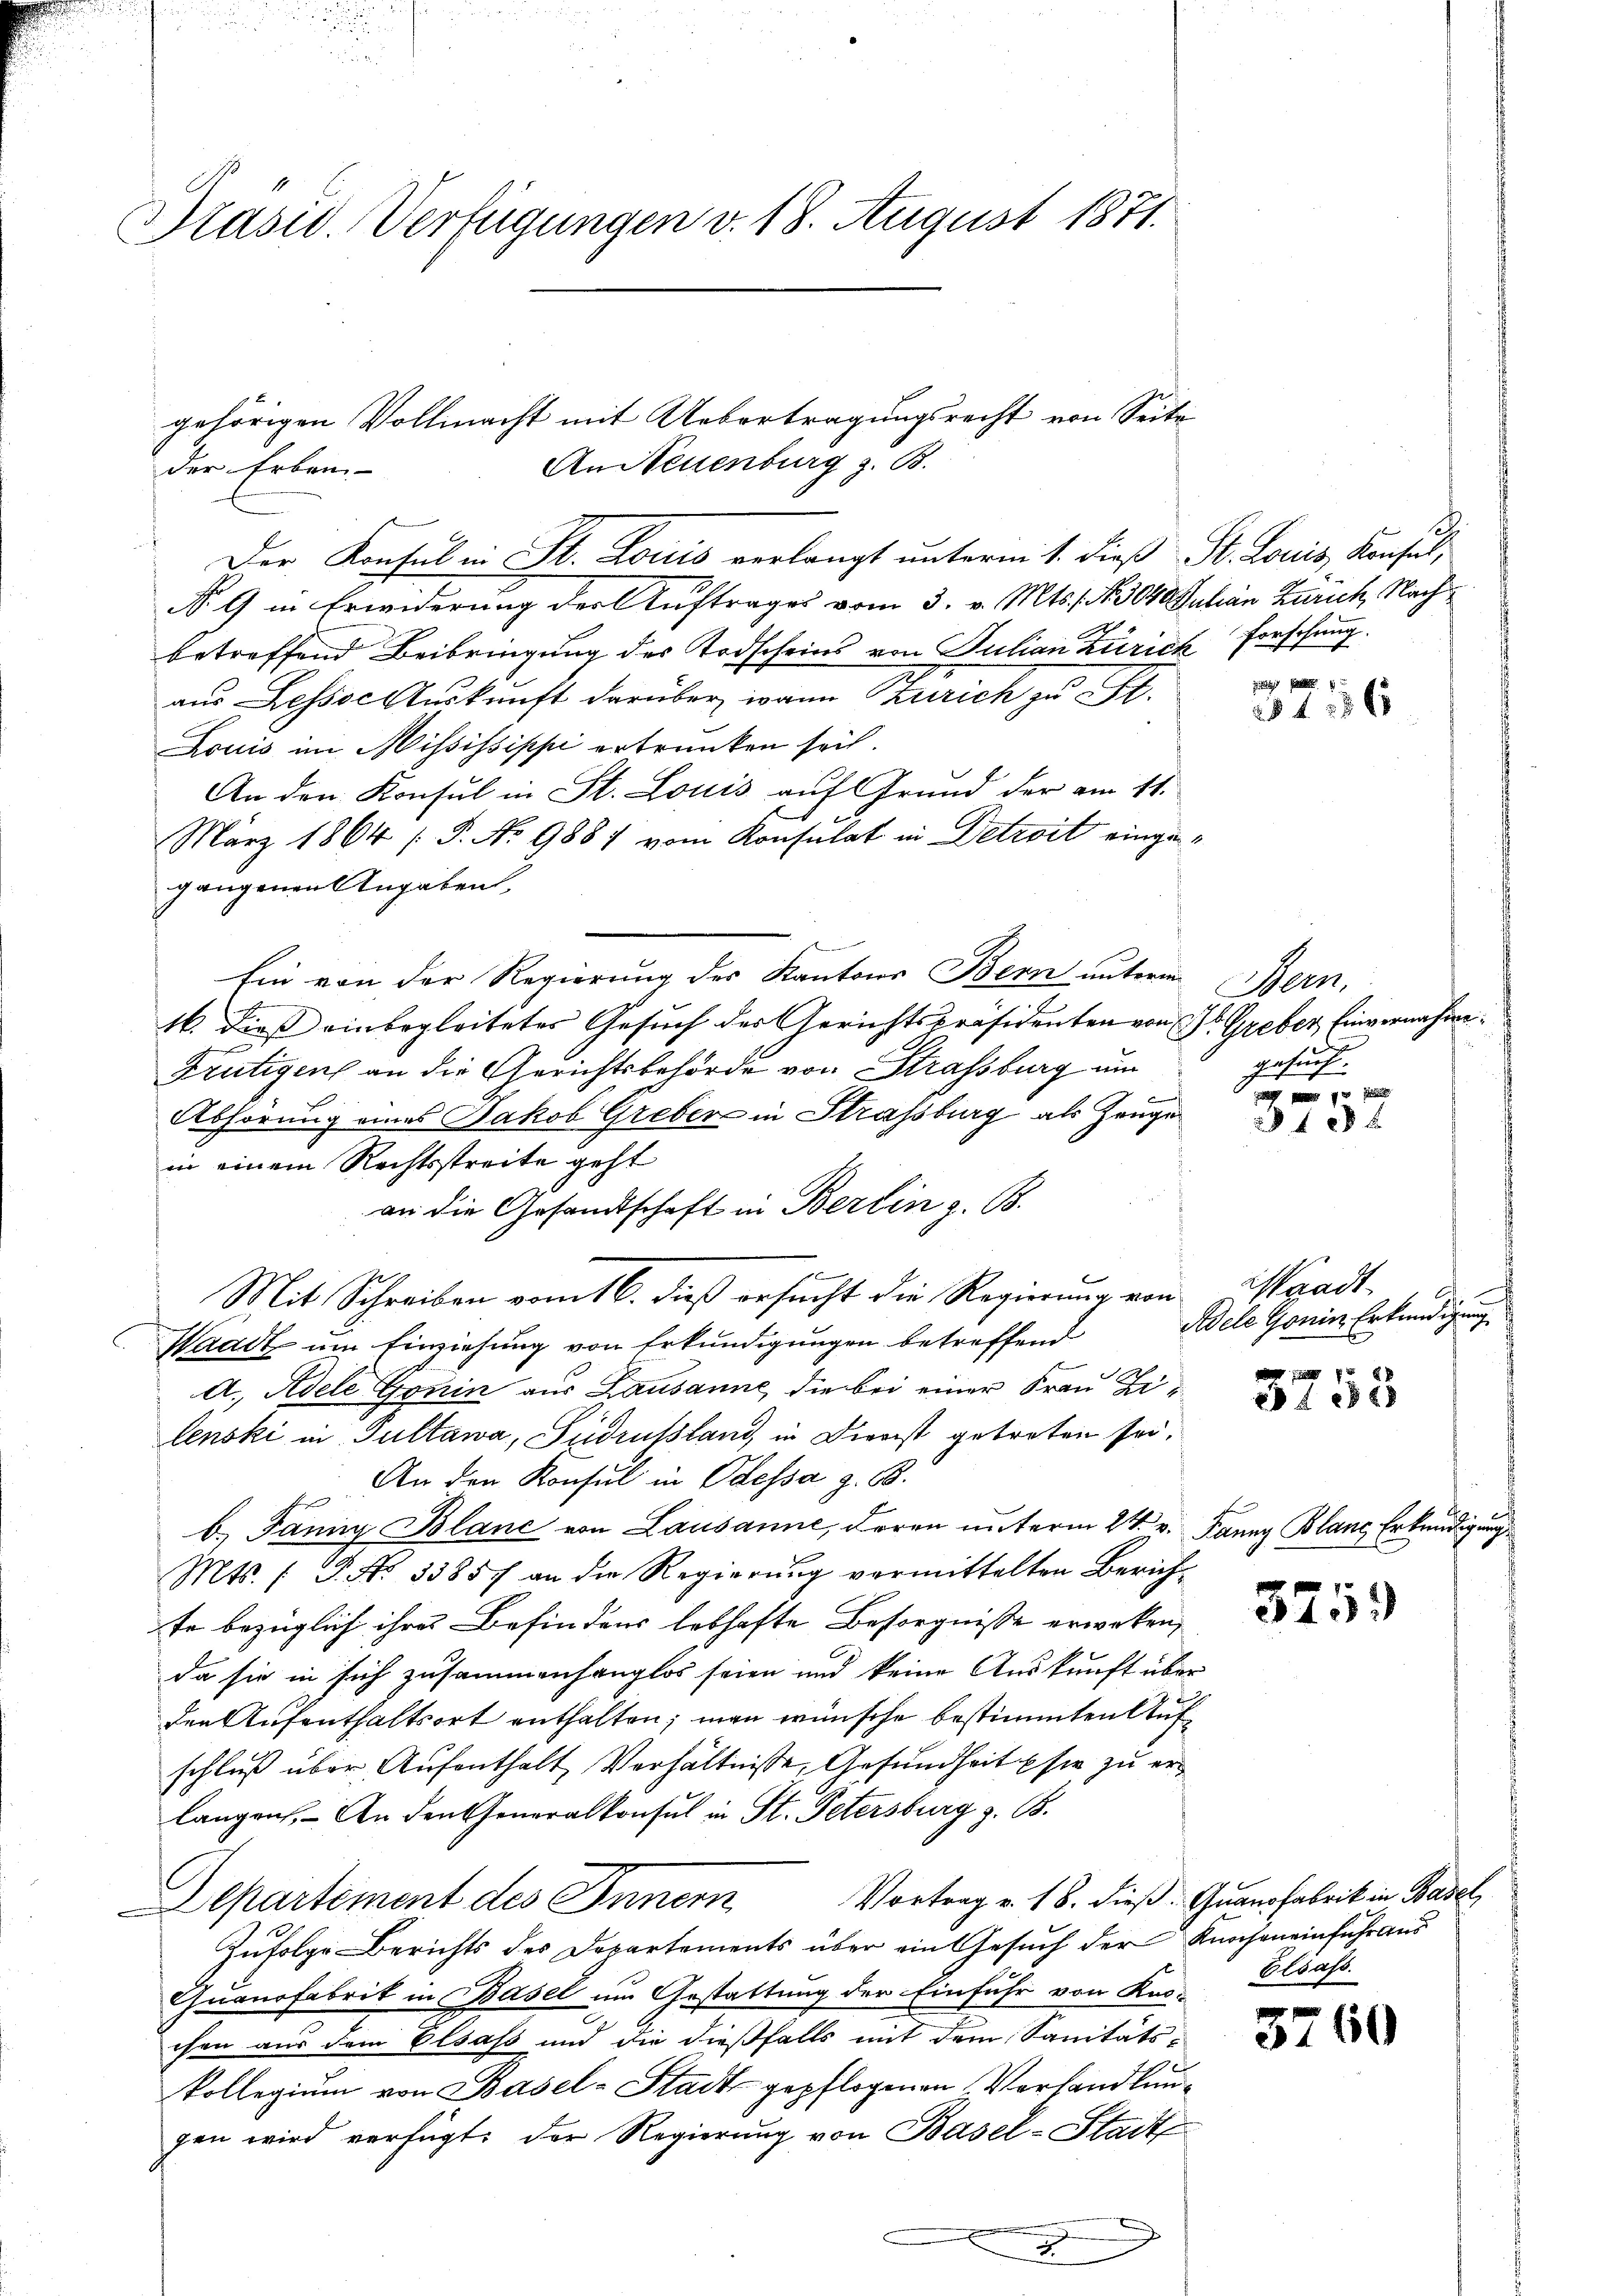
Prasid. Verfügungen v. 18. August 1871.

gehörigen Vollmacht mit Uebertragungsrecht von Seite
An Neuenburg z. B.
der Erben.
Der Konsul in St. Louis verlangt unterm 1. dieß St. Louis, Konsul,
No 9 in Erwiderung der Auftrages vom 3. v. Mts. f. N. 3040 Julian Zürich, Nachbetreffend Beibringung des Todscheins von Julian Zürich forschrung.
aus Lessor Auskunft darüber wann Zürich zu St.
Louis im Mississippi ertrunken sei.
An den Konsul in St. Louis auf Grund der am 11.
März 1864 (P. No 9881 vom Konsulat in Detroit eingegangenen Angaben,
Ein von der Regierung der Kantons Bern unterm Bern,
16. dieß einbegleiteter Gesuch der Gerichtspräsidenten von Hr. Greber Einvernahme¬
Frutigen an die Gerichtsbehörde von Strassburg um
e
Abhörung eines Jakob Greber in Strassburg als Zeugen
in einem Rechtsstreite geht
an die Gesandtschaft in Berlin z. B.
Mit Schreiben vom 16. dieß ersucht die Regierung von
Waadt um Einziehung von Erkundigungen betreffend
St
A. Adele Gonin aus Lausanne, die bei einer Frau Zilenski in Pultawa, Sudrussland, in Dienst getreten sei,
An den Konsul in Odessa z. B.
b. Janny Blanc von Lausanne, deren unterm 24. v. Janny Blane Erkendigung
Mts. (T. No. 35857 an die Regierŭng vermittelten Zürichte bezüglich ihres Befindens lebhafte Besorgnisse erwerken,
da sie in sich zusammenhanglos seien und keine Auskunft über
den Aufenthaltsort enthalten; man wünsche bestimmten Aufschluß über Aufenthalt Verhältnisse, Gesundheit sie zu erlangen. - An den Generalkonsul in St. Petersburg z. B.
Vortrag v. 18. dieß. Quanofabrik in Basel,
Departement des Innern
Zufolge-Berichts des Departements über ein Gesuch der Knochen einfuhr aus
Cuanofabrik in Basel um Gestattung der Einfuhr von Knochen aus dem Elsass und die dießfalls mit dem Sanitätskollegium von Basel-Stadt gepflogenen Verhandlungen wird verfügt: der Regierung von Basel-Stadt

3 f 55 x

gesucht.

f 28 x

Waadt
.
Adele Gonin Erkundigung

3 f 0 x

3759

Elsass.

5760